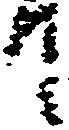
て